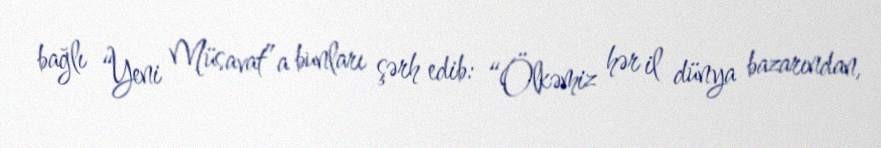
bağlı “Yeni Müsavat”a bunları şərh edib: “Ölkəmiz hər il dünya bazarından,